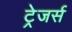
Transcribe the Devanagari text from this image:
ट्रेजर्स